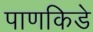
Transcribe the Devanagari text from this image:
पाणकिडे